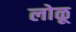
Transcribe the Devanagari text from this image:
लोळू